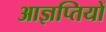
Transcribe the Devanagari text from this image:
आज्ञप्तियों